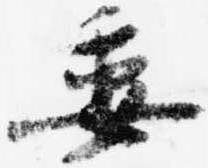
委